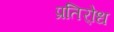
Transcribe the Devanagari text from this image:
प्रतिरो्ध